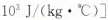
1 0 ^ { 3 } J / ( k g \cdot ℃ ) \right ]$$